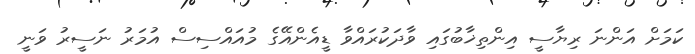
ކަމަށް އަންނަ ރިޔާސީ އިންތިޚާބުގައި ވާދަކުރައްވާ ޑީއެންއޭގެ މުއައްސިސް އުމަރު ނަސީރު ވަނީ